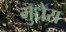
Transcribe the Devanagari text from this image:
मुधेरा